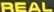
REAL